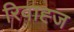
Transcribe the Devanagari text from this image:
रिवाह्ज